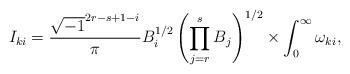
LaTeX: \begin{align*}I_{ki}=\frac{\sqrt{-1}^{2r-s+1-i}}{\pi}B_i^{1/2}\left(\prod_{j=r}^sB_j\right)^{1/2}\times \int_0^\infty\omega_{ki},\end{align*}